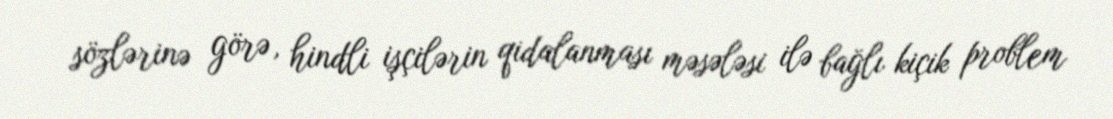
sözlərinə görə, hindli işçilərin qidalanması məsələsi ilə bağlı kiçik problem